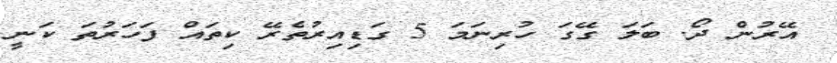
އޭރުން ދޯ. ބަލަ ގޭގަ ހުރިނަމަ 5 ގަޑިއިރުތެރޭ ކިތައް ފަހަރުތަ ކަނީ